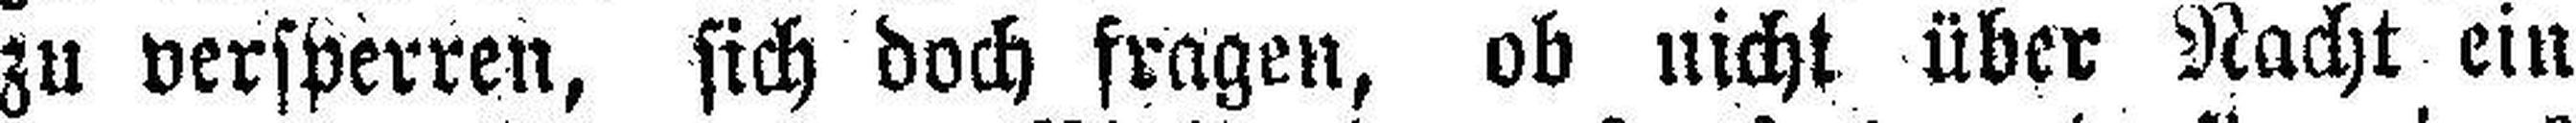
zu versperren, sich doch fragen, ob nicht über Nacht ein